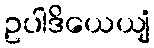
ဥပါဒိယေယျံ